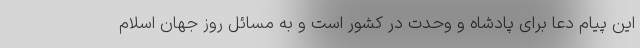
این پیام دعا برای پادشاه و وحدت در کشور است و به مسائل روز جهان اسلام